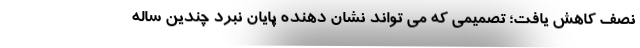
نصف کاهش یافت؛ تصمیمی که می تواند نشان دهنده پایان نبرد چندین ساله